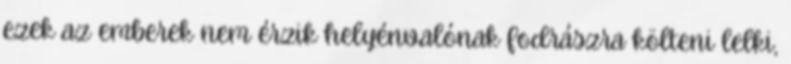
ezek az emberek nem érzik helyénvalónak fodrászra költeni lelki,